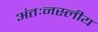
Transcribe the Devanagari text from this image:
अंतःनस्लीय